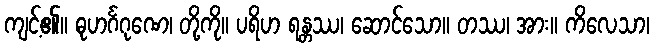
ကျင့်၏။ ဓုဟင်္ဂဂုဏေ၊ တို့ကို။ ပရိဟ ရန္တဿ၊ ဆောင်သော။ တဿ၊ အား။ ကိလေသာ၊